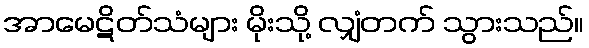
အာမေဋိတ်သံများ မိုးသို့ လျှံတက် သွားသည်။